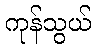
ကုန်သွယ်